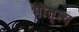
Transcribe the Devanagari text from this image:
भोतृत्व